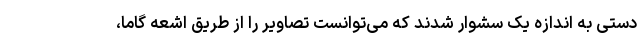
دستی به اندازه یک سشوار شدند که می‌توانست تصاویر را از طریق اشعه گاما،